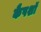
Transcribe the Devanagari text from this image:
कैपशॉ